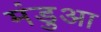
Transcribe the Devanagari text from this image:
मंडुआ